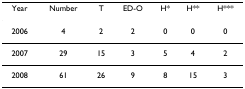
| Year | Number | T | ED-O | H* | H** | H*** |
 | --- | --- | --- | --- | --- | --- | --- |
 | 2006 | 4 | 2 | 2 | 0 | 0 | 0 |
 | 2007 | 29 | 15 | 3 | 5 | 4 | 2 |
 | 2008 | 61 | 26 | 9 | 8 | 15 | 3 |